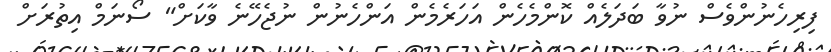
ފިރިހެނުންވެސް ނުވާ ބަދަލެއް ކޮންމެހެން އަހަރެމެން އަންހެނުން ނުޖެހޭނެ ވާކަށް" ސޯނަމް އިތުރަށް